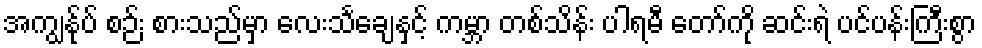
အကျွန်ုပ် စဉ်း စားသည်မှာ လေးသင်္ချေနှင့် ကမ္ဘာ တစ်သိန်း ပါရမီ တော်ကို ဆင်းရဲ ပင်ပန်းကြီးစွာ